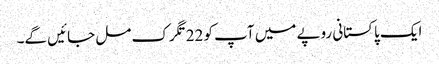
ایک پاکستانی روپے میں آپ کو 22تگرک مل جائیں گے۔